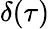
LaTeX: \delta(\tau)